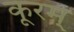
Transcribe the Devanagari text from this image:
कूरम्